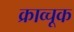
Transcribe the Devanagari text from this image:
क्राव्चूक